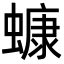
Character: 䗧